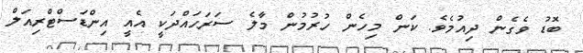
ބޮޑު ވެގެން ދިއުމެވެ. ކަން މިހެން ހުރުމުން މާލެ ސަރަހައްދަކީ އެއީ އިންޑަސްޓްރިއަލް